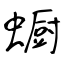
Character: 蟵